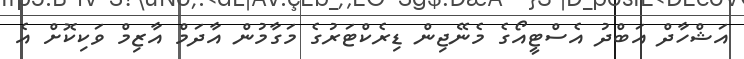
އަޝްހާދް އަބްދު އެސްޓީއޯގެ މެނޭޖިން ޑިރެކްޓަރުގެ މަގާމުން އާދަމް އާޒިމް ވަކިކޮށް އެ